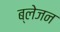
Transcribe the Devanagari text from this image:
ब्लेजन